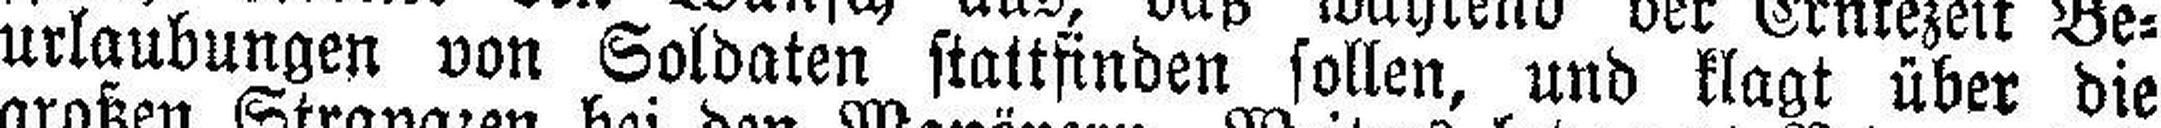
urlaubungen von Soldaten stattfinden sollen, und klagt über die